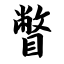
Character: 瞥